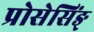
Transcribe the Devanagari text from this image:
प्रोसेसिंङ्